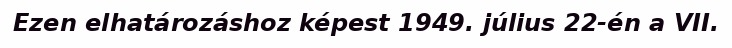
Ezen elhatározáshoz képest 1949. július 22-én a VII.